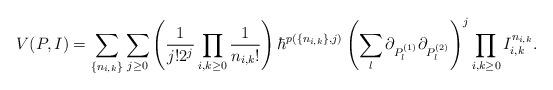
LaTeX: \begin{align*} V(P, I) = \sum_{\{n_{i, k}\}}\sum_{j \geq 0} \left(\frac{1}{j!2^j}\prod_{i, k \geq 0}\frac{1}{n_{i, k}!}\right) \hbar^{p(\{n_{i, k}\}, j)} \left(\sum_l \partial_{P_l^{(1)}}\partial_{P_l^{(2)}}\right)^j\prod_{i, k \geq 0}I_{i, k}^{n_{i, k}}.\end{align*}